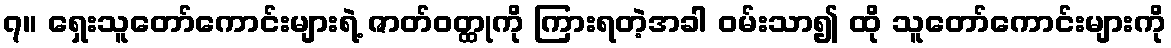
၇။ ရှေးသူတော်ကောင်းများရဲ့ ဇာတ်ဝတ္ထုကို ကြားရတဲ့အခါ ဝမ်းသာ၍ ထို သူတော်ကောင်းများကို